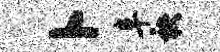
卜阜袂